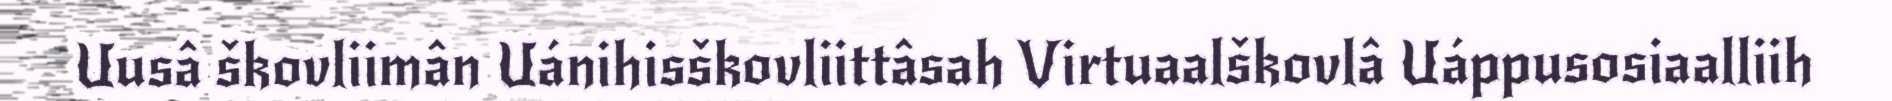
Uusâ škovliimân Uánihisškovliittâsah Virtuaalškovlâ Uáppusosiaalliih